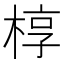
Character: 椁